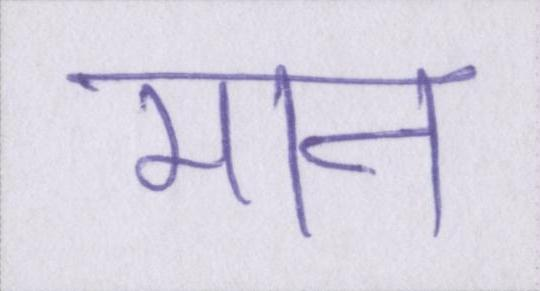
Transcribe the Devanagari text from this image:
मान